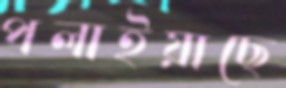
পলাইয়াছে